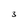
Character: 3